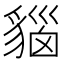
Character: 𧳦